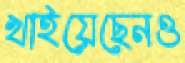
খাইয়েছেনও